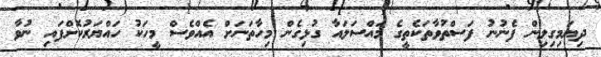
ދިޔަމިގިލިން ފެނުނު ފަސްތުވާތަކެތީގެ މައްސަލައާ ގުޅިގެން މިހާތަނަށް އެއްވެސް މީހަކު ހައްޔަރުކޮށްފައި ނުވާ